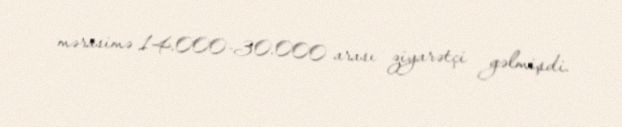
mərasimə 14.000-30.000 arası ziyarətçi gəlmişdi.